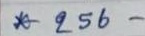
* 256 -